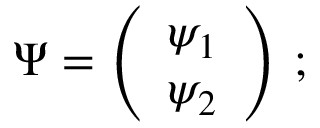
\Psi = \left( \begin{array} { c l c r } { { \psi _ { 1 } } } \\ { { \psi _ { 2 } } } \end{array} \right) \, ;